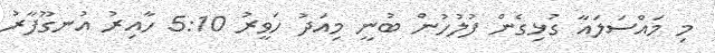
މި މައްސަލައާ ގުޅިގެން ފުލުހުން ބުނީ މިއަދު ހަވީރު 5:10 ހާއިރު އުނގޫފާރު